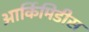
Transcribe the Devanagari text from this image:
आर्किमिडीस